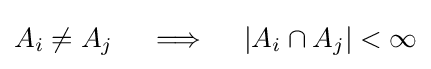
A_{i}\neq A_{j}\quad \implies \quad \left|A_{i}\cap A_{j}\right|<\infty